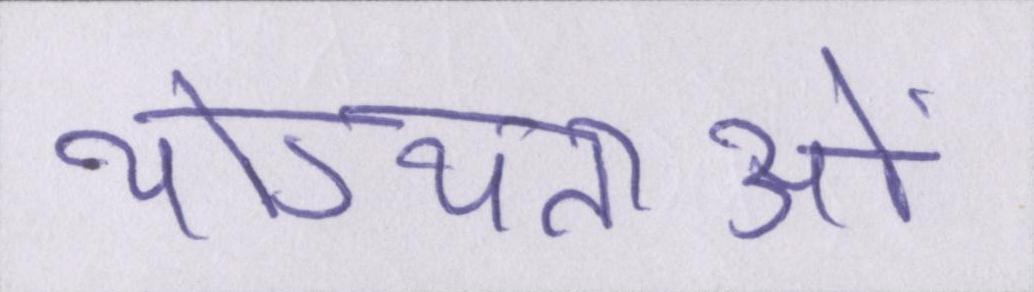
योग्यताओं